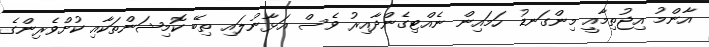
އާންމު އިޖުތިމާއީ މިންގަނޑު ހަމައިން ނެއްޓިގެންދާއިރު ވެސް އަޅާނުލައި ތިބޭ ކޮމިޝަންތަކާއި ކުށްވެރިންގެ